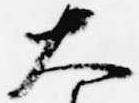
大